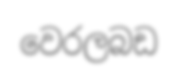
වෙරලබඩ